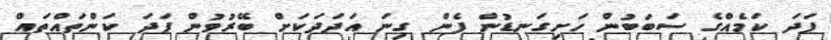
ފަދަ ކަމެއްގެ ސަބަބުން ހަށިގަނޑުން ފެން ގިނަ އަދަދަކަށް ބޭރުވުން ފަދަ ކަންތައްތައް